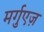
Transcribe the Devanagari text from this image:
मर्गुएज़